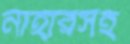
নাহারসহ